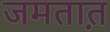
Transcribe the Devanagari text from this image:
जमतात़